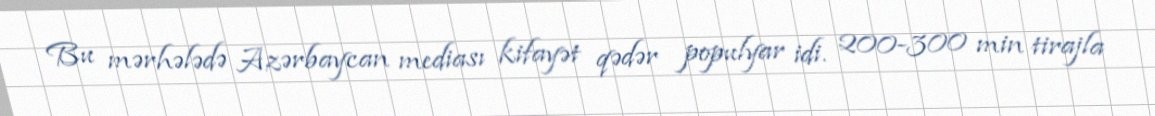
Bu mərhələdə Azərbaycan mediası kifayət qədər populyar idi. 200-300 min tirajla